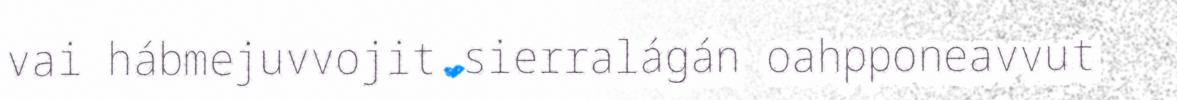
vai hábmejuvvojit sierralágán oahpponeavvut